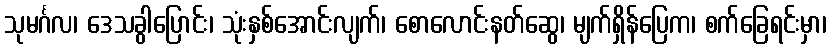
သုမင်္ဂလ၊ ဒေသခွါပြောင်း၊ သုံးနှစ်အောင်းလျက်၊ စောလောင်းနတ်ဆွေ၊ မျက်ရှိန်ပြေက၊ စက်ခြေရင်းမှာ၊